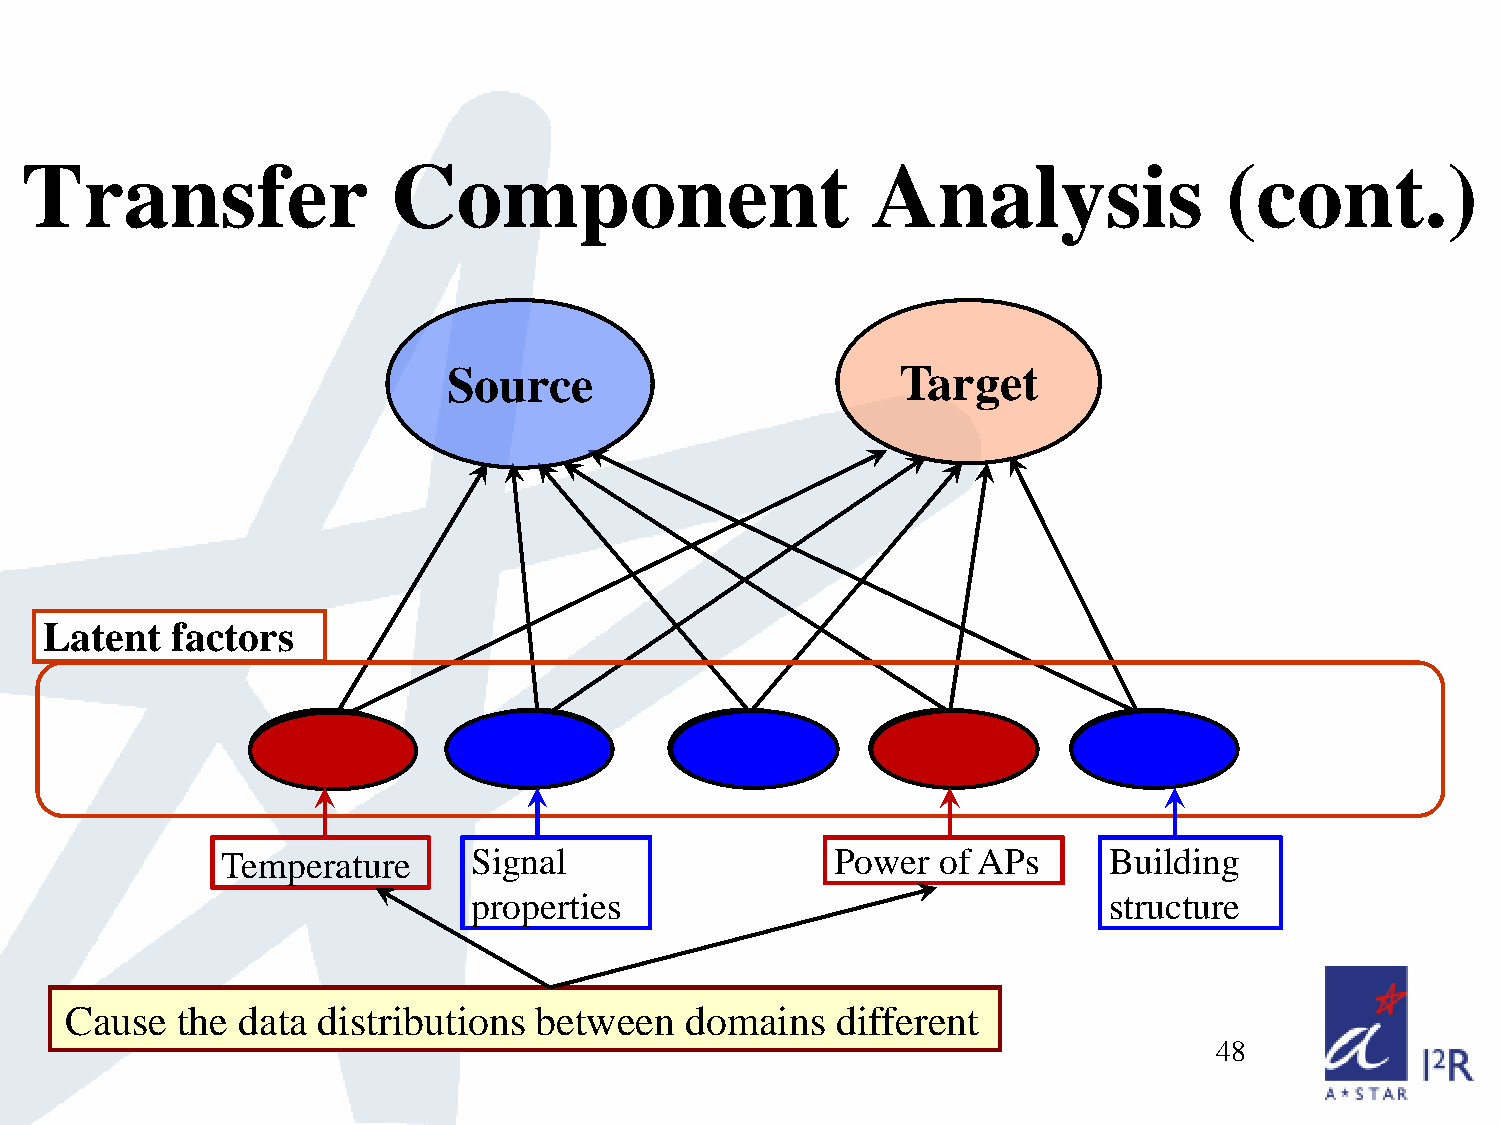
Transfer                 Component                       Analysis               (cont.)
 Source                        Target
 Latent  factors
 Temperature     Signal                  Power  of APs     Building
 properties                                structure
 Cause   the data distributions between   domains   different
 48